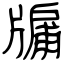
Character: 牖